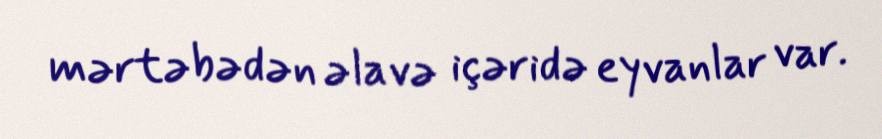
mərtəbədən əlavə içəridə eyvanlar var.